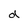
Character: d